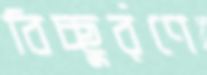
বিচ্ছুরণে